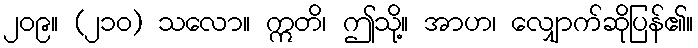
၂၀၉။ (၂၁၀) သလော။ ဣတိ၊ ဤသို့။ အာဟ၊ လျှောက်ဆိုပြန်၏။